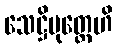
သေဋ္ဌိပုတ္တေဟိ